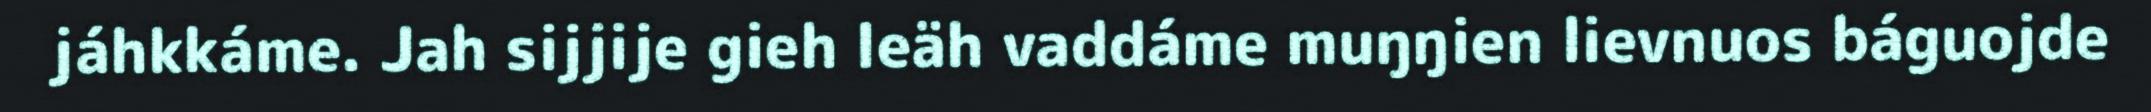
jáhkkáme. Jah sijjije gieh leäh vaddáme muŋŋien lievnuos báguojde